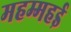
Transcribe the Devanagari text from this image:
महम्महई